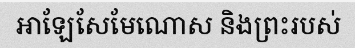
អាឡែសែមែណោស និងព្រះរបស់